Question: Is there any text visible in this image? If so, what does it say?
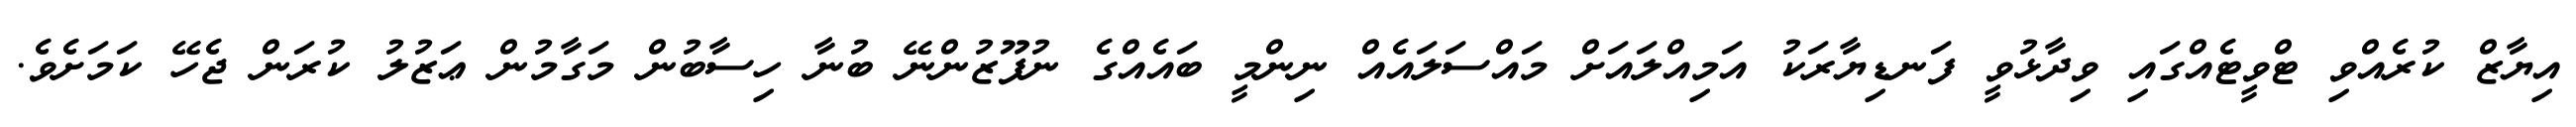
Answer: އިޔާޒް ކުރެއްވި ޓްވީޓެއްގައި ވިދާޅުވީ ފަނޑިޔާރަކު އަމިއްލައަށް މައްސަލައެއް ނިންމީ ބައެއްގެ ނުފޫޒުންނޭ ބުނާ ހިސާބުން މަގާމުން ޢަޒުލު ކުރަން ޖެހޭ ކަމަށެވެ.